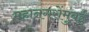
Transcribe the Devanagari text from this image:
महानगरोंमुंबई